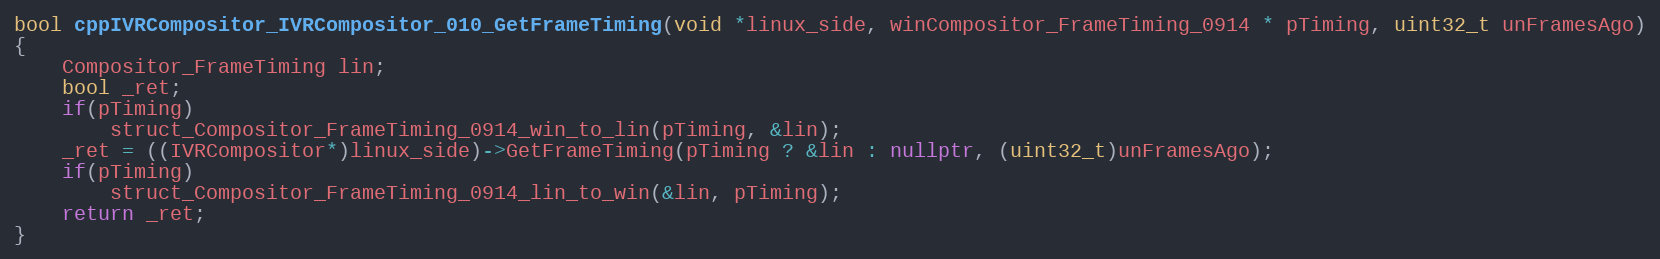
Language: C++
bool cppIVRCompositor_IVRCompositor_010_GetFrameTiming(void *linux_side, winCompositor_FrameTiming_0914 * pTiming, uint32_t unFramesAgo)
{
    Compositor_FrameTiming lin;
    bool _ret;
    if(pTiming)
        struct_Compositor_FrameTiming_0914_win_to_lin(pTiming, &lin);
    _ret = ((IVRCompositor*)linux_side)->GetFrameTiming(pTiming ? &lin : nullptr, (uint32_t)unFramesAgo);
    if(pTiming)
        struct_Compositor_FrameTiming_0914_lin_to_win(&lin, pTiming);
    return _ret;
}